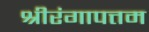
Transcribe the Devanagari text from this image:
श्रीरंगापत्तम